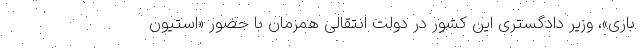
باری»، وزیر دادگستری این کشور در دولت انتقالی همزمان با حضور «استیون